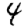
Digit: 4